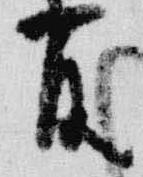
官